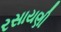
રસાયણી